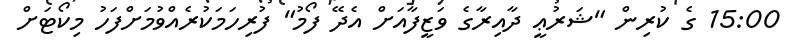
15:00 ގެ ކުރިން "ޝަރުޢީ ދާއިރާގެ ވަޒީފާއަށް އެދޭ ފޯމު" ފުރިހަމަކުރެއްވުމަށްފަހު މިކޯޓަށް